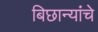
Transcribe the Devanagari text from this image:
बिछान्यांचे